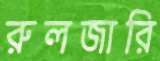
রুলজারি